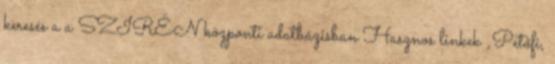
keresés a a SZIRÉN központi adatbázisban Hasznos linkek „Petőfi,